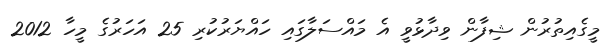
މީގެއިިތުރުން ޝިފާން ވިދާޅުވީ އެ މައްސަލާގައި ހައްޔަރުކުރި 25 އަހަރުގެ މީހާ 2012